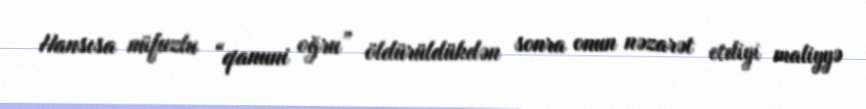
Hansısa nüfuzlu “qanuni oğru” öldürüldükdən sonra onun nəzarət etdiyi maliyyə